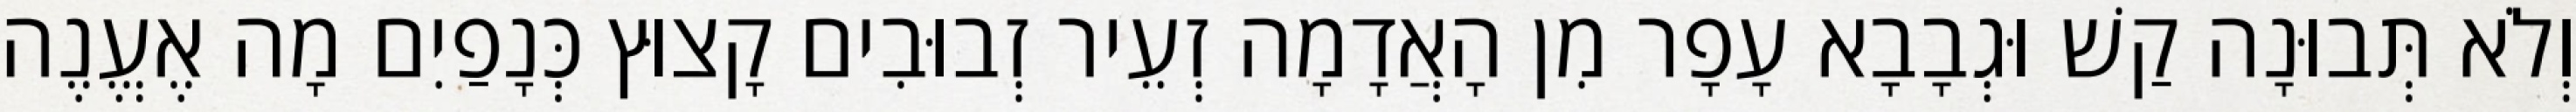
וְלֹא תְּבוּנָה קַשׁ וּגְבָבָא עָפָר מִן הָאֲדָמָה זְעֵיר זְבוּבִים קָצוּץ כְּנָפַיִם מָה אֶעֱנֶה